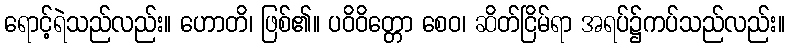
ရောင့်ရဲသည်လည်း။ ဟောတိ၊ ဖြစ်၏။ ပဝိဝိတ္တော စေဝ၊ ဆိတ်ငြိမ်ရာ အရပ်၌ကပ်သည်လည်း။